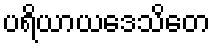
ပရိယာယဒေသိတေ